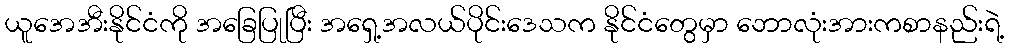
ယူအေအီးနိုင်ငံကို အခြေပြုပြီး အရှေ့အလယ်ပိုင်းဒေသက နိုင်ငံတွေမှာ ဘောလုံးအားကစာနည်းရဲ့